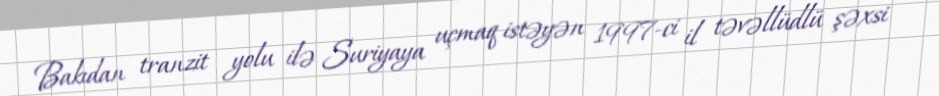
Bakıdan tranzit yolu ilə Suriyaya uçmaq istəyən 1997-ci il təvəllüdlü şəxsi